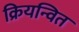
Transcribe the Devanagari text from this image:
क्रियन्वित